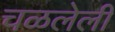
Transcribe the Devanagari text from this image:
चळलेली